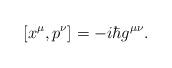
LaTeX: \begin{align*}[x^\mu,p^\nu]=-i\hbar g^{\mu\nu}.\end{align*}